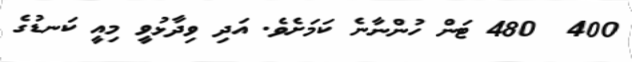
400  480 ޓަން ހުންނާނެ ކަމަށެވެ. އަދި ވިދާޅުވީ މިއީ ކަނޑުގެ